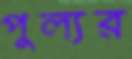
পুল্যর